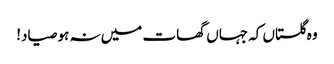
وہ گلستاں کہ جہاں گھات میں نہ ہو صیاد!